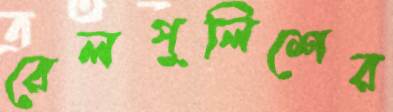
রেলপুলিশের